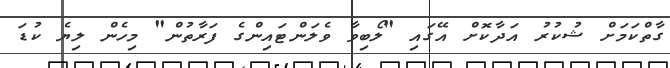
ގާތްކަމަށް ޝުކުރު އަދާކޮށް އޭގައި "ލޯބިވާ ވެލަންޓައިންގެ ފަރާތުން" މިހެން ލިޔެ ކުޑަ